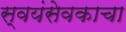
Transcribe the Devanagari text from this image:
स्वयंसेवकाचा